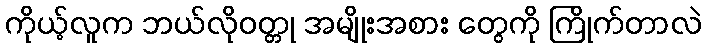
ကိုယ့်လူက ဘယ်လိုဝတ္တု အမျိုးအစား တွေကို ကြိုက်တာလဲ